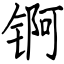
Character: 锕